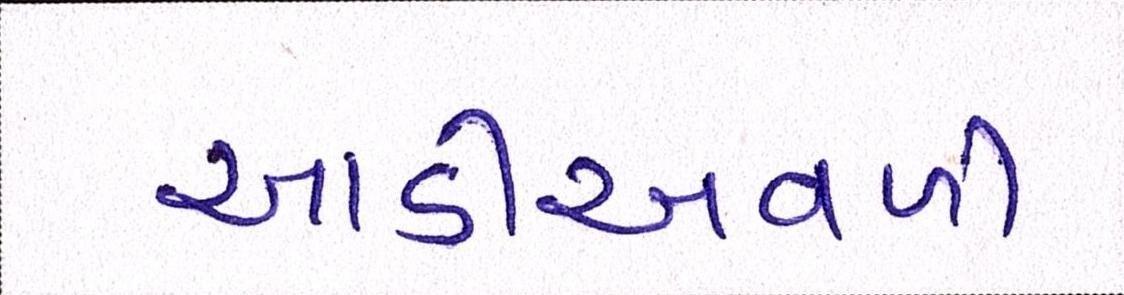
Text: આડીઅવળી